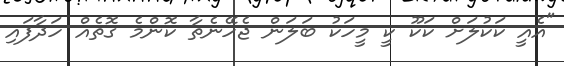
"އެއީ ކަކުލަށް ކަކޫ ކީ މީހަކު ބަލަން ޖެހޭނެތާ ކޮންމެ ގޮތެއް ހަދާފައި